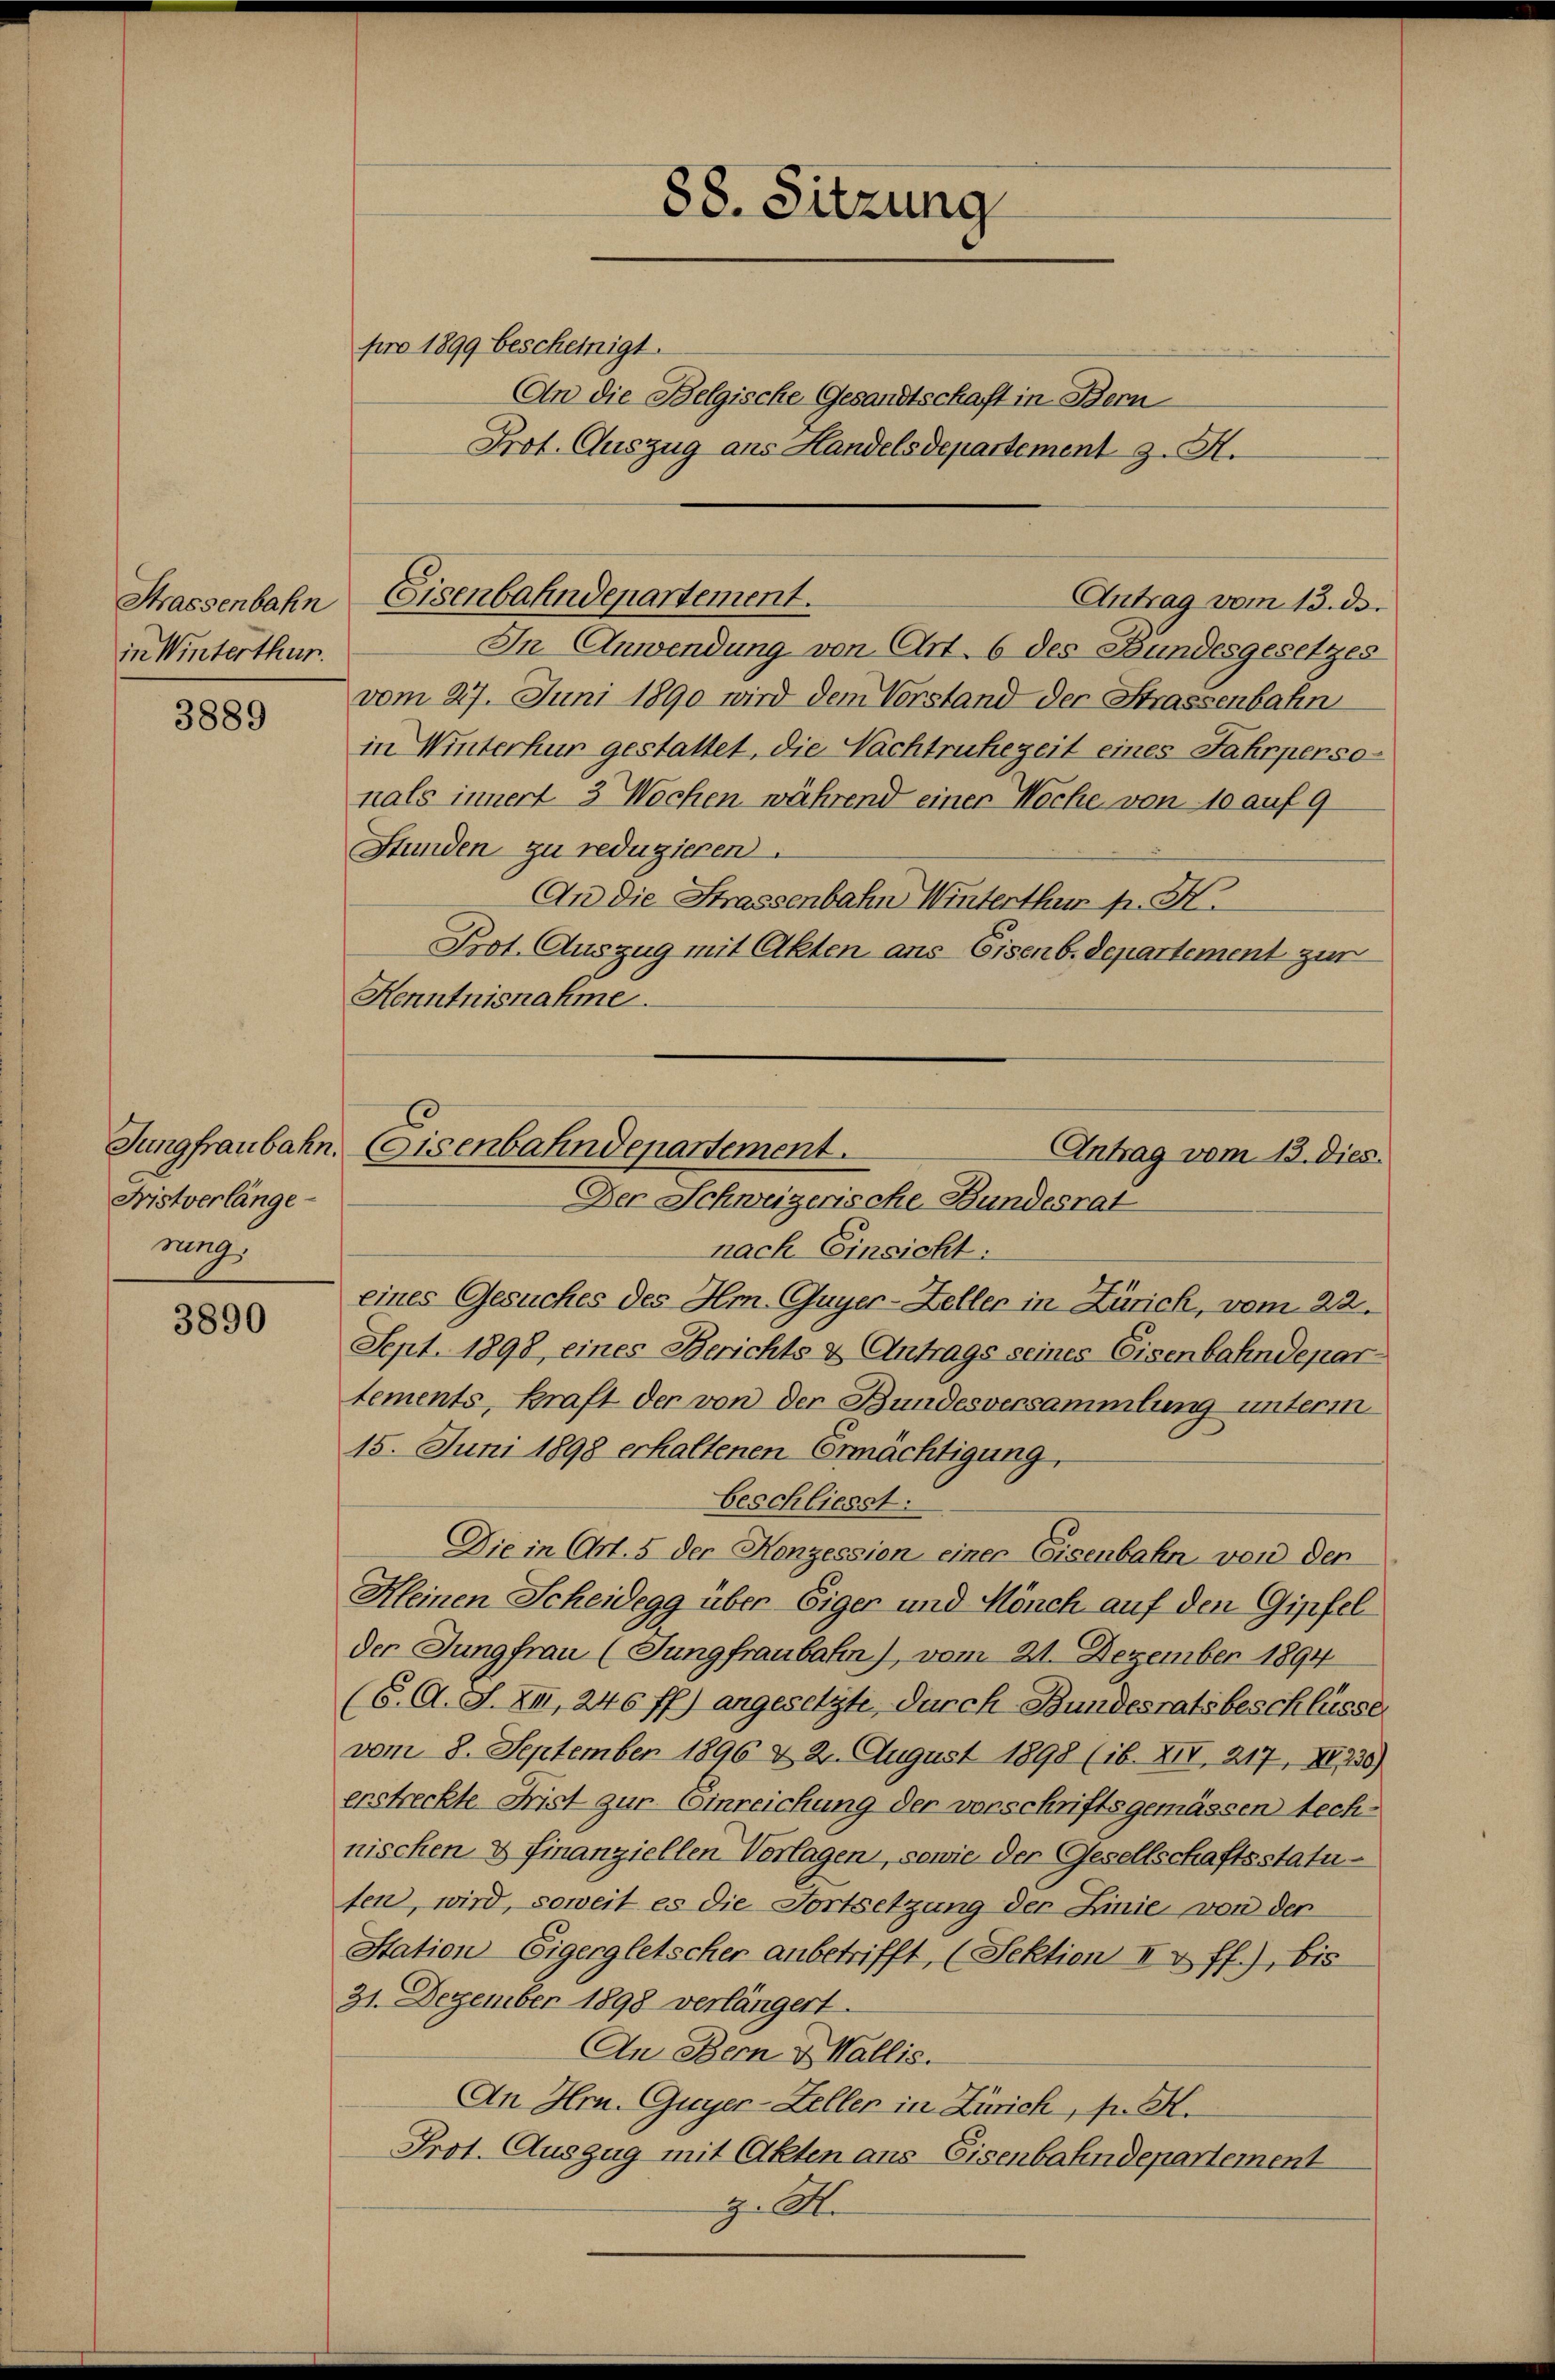
Strassenbahn
in Winterthur.

3889

Fristverlänge
nag

3890

88. Sitzung

pro 1899 bescheinigt.
An die Belgische Gesandtschaft in Bern
Prot. Auszug aus Handelsdepartement J. M.

Eisenbahndepartement.

Jungfraubahn, Eisenbahndepartement.
Antrag vom 13. dies
Der Schweizerische Bundesrat

Antrag vom 13. ds.
In Anwendung von Art. 6 des Bundesgesetzes
vom 27. Juni 1890 wird dem Vorstand der Strassenbahn
in Winterhur gestattet, die Nachtruhezeit eines Fahrperso-
nals innert 3 Wochen während einer Woche von 10 auf 9
Stunden zu reduzieren.
An die Strassenbahn Winterthur pr. H.
Prot. Auszug mit Akten ans Eisenb. Departement zur
Kenntnisnahme.
E

nach Einsicht:
eines Gesuches des Hm. Guyer-Zeller in Zürich, vom 22.
Sept. 1898, eines Berichts & Antrags seines Eisenbahndepar
tements, Kraft der von der Bundesversammlung unterm
15. Juni 1898 erhaltenen Ermächtigung.
beschliesst:
Die in Art. 5 der Konzession einer Eisenbahn von der
Kleinen Scheidegg über Eigen und Mönch auf den Gipfel
der Jungfrau (Jungfraubalen), vom 21. Dezember 1894
(6. A. S. XII, 246 ff.) angesetzte, durch Bundesratsbeschlüsse
vom 8. September 1896 & 2. August 1898 (16. XIV, 217, XV 220)
erstreckte Frist zur Einreichung der vorschriftsgemässen technischen & Finanziellen Verlagen, sowie der Gesellschaftsstatuten, wird, soweit es die Fortsetzung der Linie von der
Station Eigergletscher anbetrifft, (Sektion I & ff.), bis
21. Dezember 1898 verlängert.
An Bern & Wallis.
An Hrn. Guyer-Zeller in Zürich, p. H.
Prot. Auszug mit Akten aus Eisenbahndepartement
g. Abe